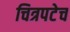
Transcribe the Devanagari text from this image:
चित्रपटेच